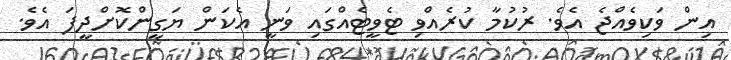
އިން ވަކިވެއްޖެ އެވެ. ރުކުމާ ކުރެއްވި ޓެވީޓެއްގައި ވަނީ އެކަން ޔަގީންކޮށްދީފަ އެވެ.